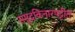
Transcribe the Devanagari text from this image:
समुद्रकिनारपट्टीत